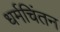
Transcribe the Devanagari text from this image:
धर्मचिंतन